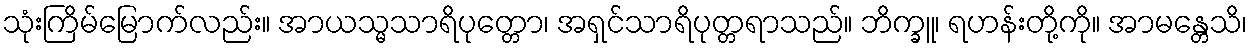
သုံးကြိမ်မြောက်လည်း။ အာယသ္မသာရိပုတ္တော၊ အရှင်သာရိပုတ္တရာသည်။ ဘိက္ခူ၊ ရဟန်းတို့ကို။ အာမန္တေသိ၊